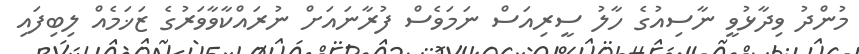
މުންދު ވިދާޅުވީ ނާސިއުގެ ހާލު ސީރިއަސް ނަމަވެސް ފުރާނައަށް ނުރައްކާވާވަރުގެ ޒަޚަމެއް ލިބިފައި